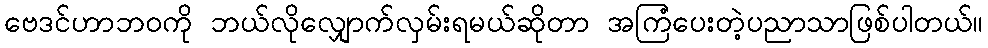
ဗေဒင်ဟာဘဝကို ဘယ်လိုလျှောက်လှမ်းရမယ်ဆိုတာ အကြံပေးတဲ့ပညာသာဖြစ်ပါတယ်။